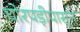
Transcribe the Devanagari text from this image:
घोरपड़ीपासून